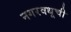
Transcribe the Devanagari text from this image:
नगरवधूची